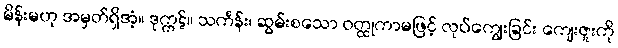
မိန်းမဟု အမှတ်ရှိအံ့။ ဒုက္ကဋ်။ သင်္ကန်း၊ ဆွမ်းစသော ဝတ္ထုကာမဖြင့် လုပ်ကျွေးခြင်း ကျေးဇူးကို